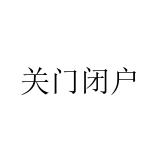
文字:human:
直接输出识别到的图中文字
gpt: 关门闭户